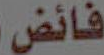
فائض